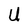
Character: U